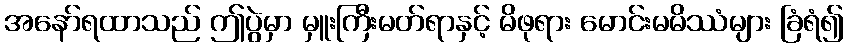
အနော်ရထာသည် ဤပွဲမှာ မှူးကြီးမတ်ရာနှင့် မိဖုရား မောင်းမမိဿံများ ခြံရံ၍